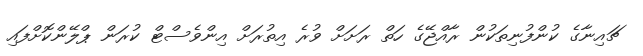
ޗައިނާގެ ކުންފުނިތަކުން ރާއްޖޭގެ ހަތް ރަށަށް ވުރެ އިތުރަށް އިންވެސްޓް ކުރަން ޕްލޭންކޮށްފައި